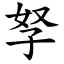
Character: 孥